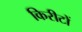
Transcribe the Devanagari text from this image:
किरीटों